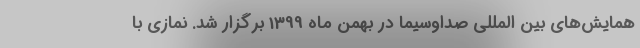
همایش‌های بین المللی صداوسیما در بهمن ماه 1399 برگزار شد. نمازی با